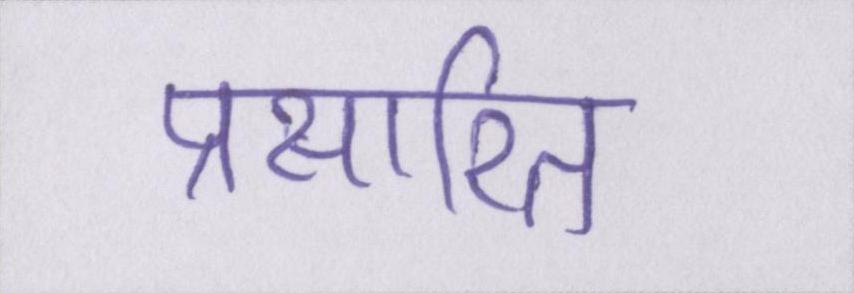
प्रसारित